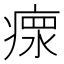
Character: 𤸄